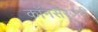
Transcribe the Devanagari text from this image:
कॉनसेरजरी